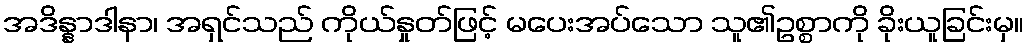
အဒိန္နာဒါနာ၊ အရှင်သည် ကိုယ်နှုတ်ဖြင့် မပေးအပ်သော သူ၏ဥစ္စာကို ခိုးယူခြင်းမှ။